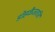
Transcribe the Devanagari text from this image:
डोहळैजताति